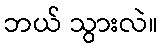
ဘယ် သွားလဲ။